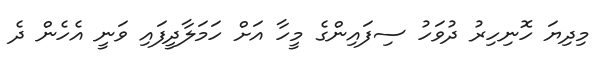
މިދިޔަ ހޮނިހިރު ދުވަހު ސިފައިންގެ މީހާ އަށް ހަމަލާދީފައި ވަނީ އެހެން ދެ